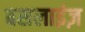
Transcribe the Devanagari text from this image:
बसलाइंज़